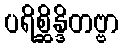
ပရိစ္ဆိန္ဒိတဗ္ဗာ